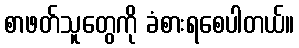
စာဖတ်သူတွေကို ခံစားရစေပါတယ်။